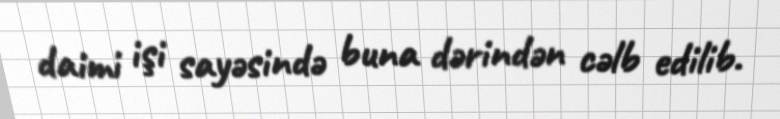
daimi işi sayəsində buna dərindən cəlb edilib.